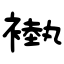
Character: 褹